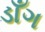
ડાઁગ